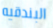
البندقيه